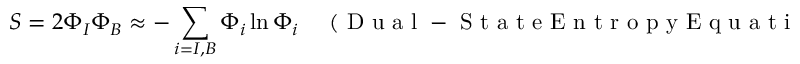
S = 2 \Phi _ { I } \Phi _ { B } \approx - \sum _ { i = I , B } ^ { } { \Phi _ { i } \ln \Phi _ { i } } \enspace \enspace \mathrm { ~ ( ~ D ~ u ~ a ~ l ~ - ~ S ~ t ~ a ~ t ~ e ~ E ~ n ~ t ~ r ~ o ~ p ~ y ~ E ~ q ~ u ~ a ~ t ~ i ~ o ~ n ~ ) ~ } .